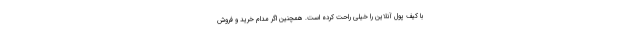
با کیف پول آنلاین را خیلی راحت کرده است. همچنین اگر مدام خرید و فروش